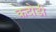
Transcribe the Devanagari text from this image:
कदोडी